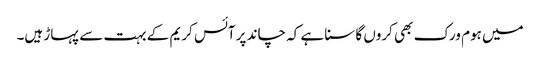
میں ہوم ورک بھی کروں گا سنا ہے کہ چاند پر آئس کریم کے بہت سے پہاڑ ہیں۔